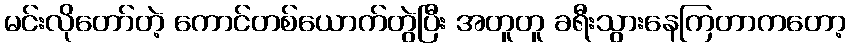
မင်းလိုတော်တဲ့ ကောင်တစ်ယောက်တွဲပြီး အတူတူ ခရီးသွားနေကြတာကတော့